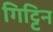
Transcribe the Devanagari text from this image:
गिट्टिन